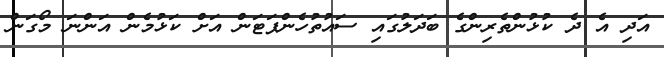
އަދި އެ ދެ ކުޅުންތެރިންގެ ބަދަލުގައި ސައުތުހެންޕަޓަން އަށް ކަޅުމެން އަންނަ މޯގަން